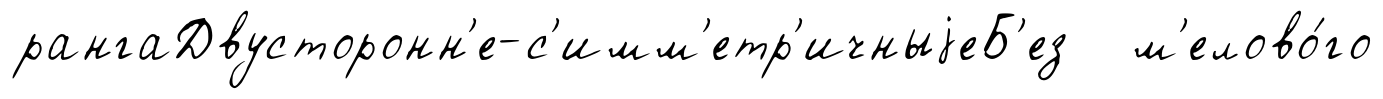
рангаДвусторонн'е-с'имм'етр'ичныjеБ'ез м'елово́го